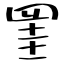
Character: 罣